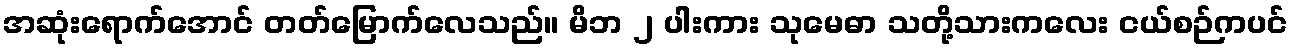
အဆုံးရောက်အောင် တတ်မြောက်လေသည်။ မိဘ ၂ ပါးကား သုမေဓာ သတို့သားကလေး ငယ်စဉ်ကပင်